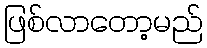
ဖြစ်လာတော့မည်